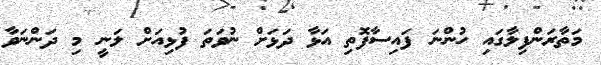
މަތާރަންފިލާގައި ހުންނަ ފައިސާފޮތި އަޅާ ދަޅަށް ނުވަތަ ފުޅިއަށް ލަނީ މި ދަންނަވާ